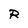
Character: R